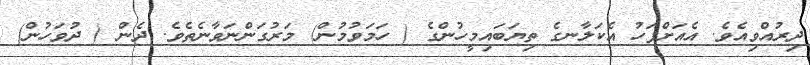
ދިރުއްވިއެވެ. އެއަށްފަހު އެކަލާނގެ ތިޔަބައިމީހުންގެ ( ހަމަވުމުން) މަރުގަންނަވާނެތެވެ. ދެން ( ދުވަހުން)